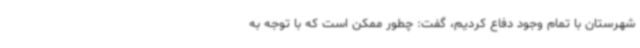
شهرستان با تمام وجود دفاع کردیم، گفت: چطور ممکن است که با توجه به